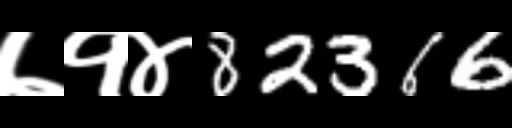
Text: ७१४82366